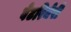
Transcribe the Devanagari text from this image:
वेटरिनेरी